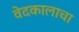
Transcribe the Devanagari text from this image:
वेदकालाचा